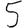
Digit: 5